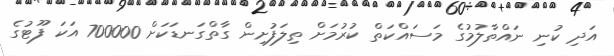
އަދި ކުނި ނައްތާލުމުގެ މަސައްކަތް ކުރުމަށް ތިލަފުށިން ގާތްގަނޑަކަށް 700000 އަކަ ފޫޓުގެ